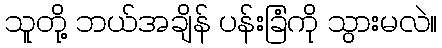
သူတို့ ဘယ်အချိန် ပန်းခြံကို သွားမလဲ။